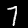
Label: 7